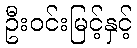
ဦးဝင်းမြင့်နှင့်